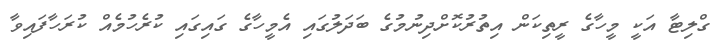
ގްލިޓާ އަކީ މީހާގެ ރީތިކަން އިތުރުކޮށްދިނުމުގެ ބަދަލުގައި އެމީހާގެ ގައިގައި ކުރެހުމެއް ކުރަހާފައިވާ